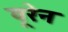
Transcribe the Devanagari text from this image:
वूरेन